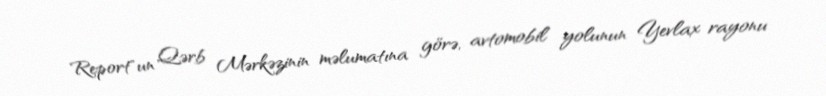
Report"un Qərb Mərkəzinin məlumatına görə, avtomobil yolunun Yevlax rayonu